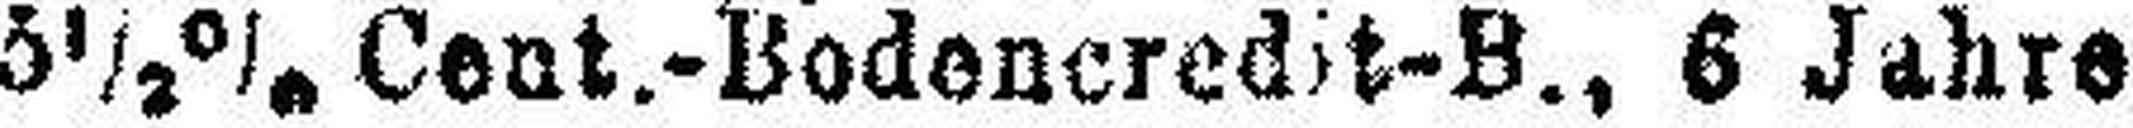
5½% Cent.-Bodencredit-B., 6 Jahre